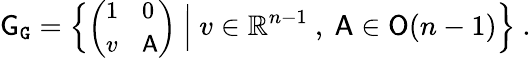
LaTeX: {\mathsf{G}}_{\mathtt{G}}=\Big\{ {\small\bigg(\begin{array}{ll}{1}&{0}\\ {v}&{{\mathsf{A}}}\end{array}\bigg)}\normalsize\ \Big|\ v\in\mathbb{R}^{n-1}\ ,\ {\mathsf{A}}\in{\mathsf{O}}(n-1)\Big\} \ .